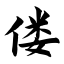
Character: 偻